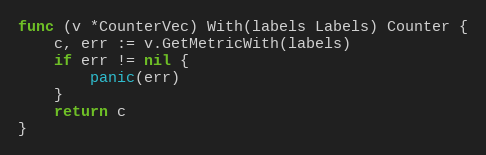
Language: Go
func (v *CounterVec) With(labels Labels) Counter {
	c, err := v.GetMetricWith(labels)
	if err != nil {
		panic(err)
	}
	return c
}